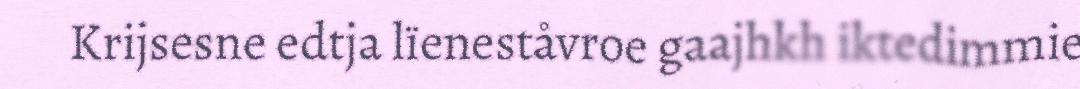
Krijsesne edtja lïeneståvroe gaajhkh iktedimmie